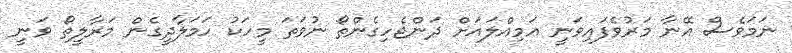
ނަމަވެސް އޭނާ މަރުވެފައިވަނީ އަމިއްލައަށް ދަންޖެހިގެންތޯ ނުވަތަ މީހަކު ހަމަލާދީގެން މަރާލީތޯ ވަނީ